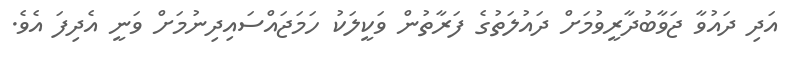
އަދި ދައުވާ ޖަވާބުދާރީވުމަށް ދައުލަތުގެ ފަރާތުން ވަކީލަކު ހަމަޖައްސައިދިނުމަށް ވަނީ އެދިފަ އެވެ.